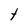
Character: t